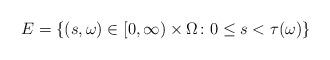
LaTeX: \begin{align*} E = \left\{ (s,\omega) \in [0,\infty) \times \Omega \colon 0 \le s < \tau(\omega) \right\}\end{align*}